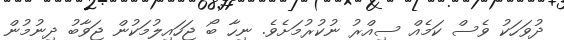
ދުވަހަކު ވެސް ކަމެއް ސިއްރު ނުކުރުމަށެވެ. ނިހާ ބޯ ޖަހައިލުމަކުން ޖަވާބު ދިނުމުން